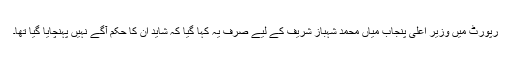
رپورٹ میں وزیرِ اعلیٰ پنجاب میاں محمد شہباز شریف کے لیے صرف یہ کہا گیا کہ شاید ان کا حکم آگے نہیں پہنچایا گیا تھا۔